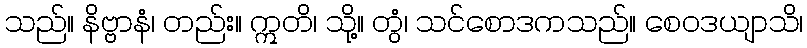
သည်။ နိဗ္ဗာနံ၊ တည်း။ ဣတိ၊ သို့။ တွံ၊ သင်စောဒကသည်။ စေဝဒယျာသိ၊